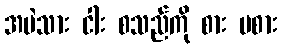
အမဲသား ငါး စသည်ကို စား မစား